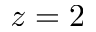
z = 2